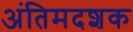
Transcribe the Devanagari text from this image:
अंतिमदशक